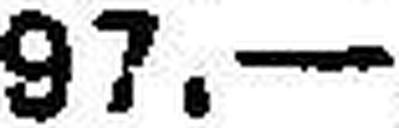
97.—